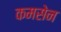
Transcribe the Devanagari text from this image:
कमसेन